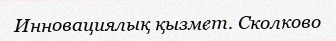
Инновациялық қызмет. Сколково